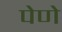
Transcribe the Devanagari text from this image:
पेणे